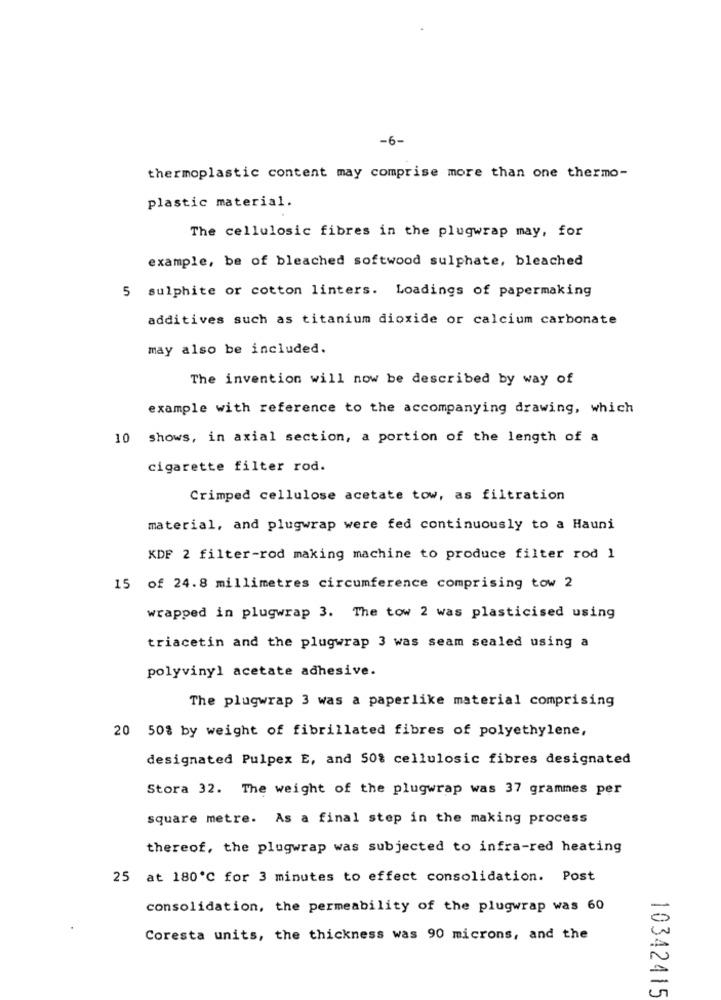
-6-
thermoplastic content may comprise more than one thermo-
plastic material.
The cellulosic fibres in the plugwrap may, for
example, be of bleached softwood sulphate, bleached
5 sulphite or cotton linters. Loadings of papermaking
additives such as titanium dioxide or calcium carbonate
may also be included.
The invention will now be described by way of
example with reference to the accompanying drawing, which
10 shows, in axial section, a portion of the length of a
cigarette filter rod.
Crimped cellulose acetate tow, as filtration
material, and plugwrap were fed continuously to a Hauni
KDF 2 filter-rod making machine to produce filter rod 1
15 of 24.8 millimetres circumference comprising tow 2
wrapped in plugwrap 3. The tow 2 was plasticised using
triacetin and the plugwrap 3 was seam sealed using a
polyvinyl acetate adhesive.
The plugwrap 3 was a paperlike material comprising
20 50% by weight of fibrillated fibres of polyethylene,
designated Pulpex E, and 50% cellulosic fibres designated
Stora 32. The weight of the plugwrap was 37 grammes per
square metre. As a final step in the making process
thereof, the plugwrap was subjected to infra-red heating
25 at 180℃ for 3 minutes to effect consolidation. Post
consolidation, the permeability of the plugwrap was 60
Coresta units, the thickness was 90 microns, and the
10342415